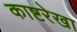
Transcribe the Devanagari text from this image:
काष्टरेखा